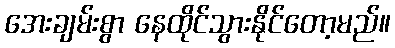
အေးချမ်းစွာ နေထိုင်သွားနိုင်တော့မည်။